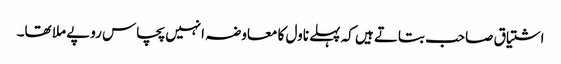
اشتیاق صاحب بتاتے ہیں کہ پہلے ناول کا معاوضہ انہیں پچاس روپے ملا تھا۔